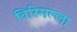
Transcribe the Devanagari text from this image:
विस्मिल्ला